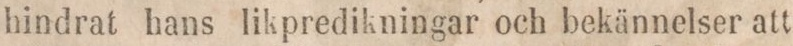
hindrat hans likpredikningar och bekännelser att